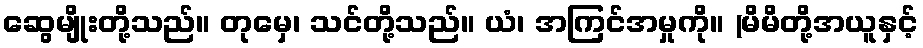
ဆွေမျိုးတို့သည်။ တုမှေ၊ သင်တို့သည်။ ယံ၊ အကြင်အမှုကို။ (မိမိတို့အယူနှင့်